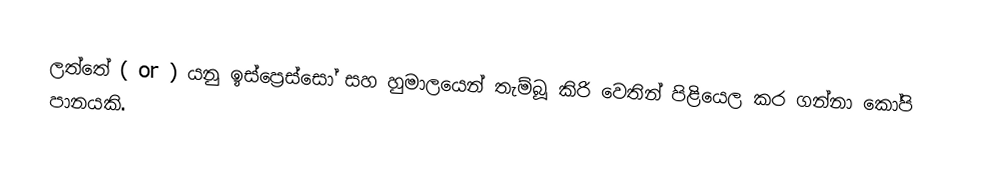
ලත්තේ ( or ) යනු ඉස්ප්‍රෙස්සෝ සහ හුමාලයෙන් තැම්බූ කිරි වෙතින් පිළියෙල කර ගන්නා කෝපි පානයකි.